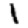
Digit: 1